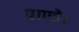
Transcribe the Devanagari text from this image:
पाण्डे।